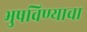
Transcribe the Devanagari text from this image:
भुषविण्याचा